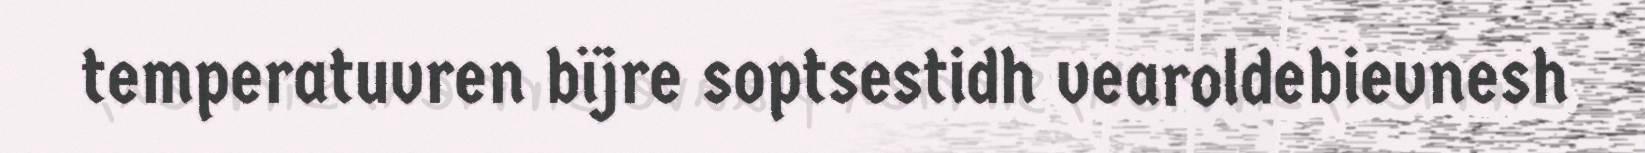
temperatuvren bïjre soptsestidh vearoldebievnesh